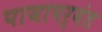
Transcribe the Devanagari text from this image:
पायापर्यंत